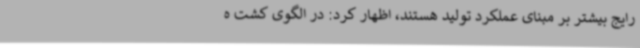
رایج بیشتر بر مبنای عملکرد تولید هستند، اظهار کرد: در الگوی کشت ه